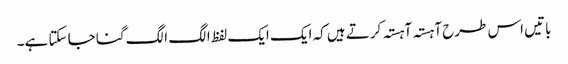
باتیں اس طرح آہستہ آہستہ کرتے ہیں کہ ایک ایک لفظ الگ الگ گنا جا سکتا ہے۔